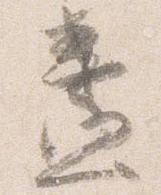
盞